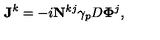
{ \bf J } ^ { k } = - i { \bf N } ^ { k j } \gamma _ { p } D { \bf \Phi } ^ { j } ,